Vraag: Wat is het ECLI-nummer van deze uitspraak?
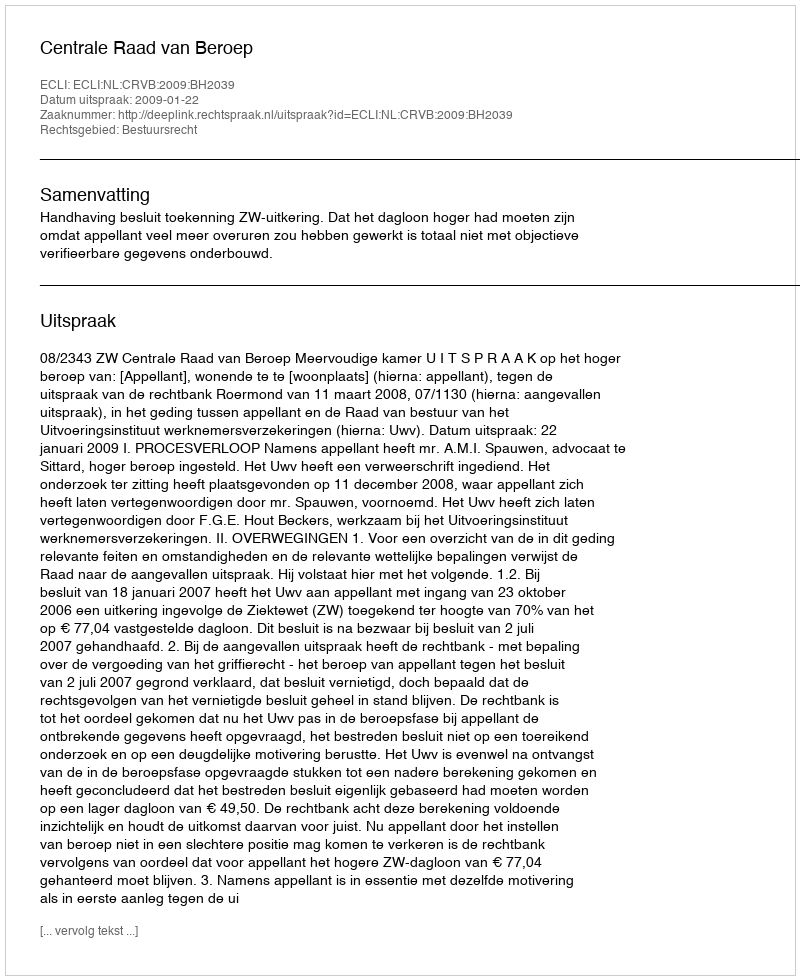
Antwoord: ECLI:NL:CRVB:2009:BH2039